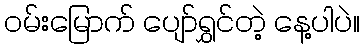
ဝမ်းမြောက် ပျော်ရွှင်တဲ့ နေ့ပါပဲ။